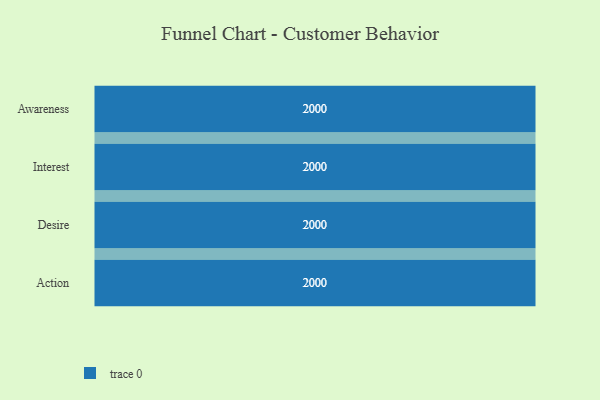
{"axis": {"x": "Stage", "y": "Value"}, "legend": [""], "data": [{"x": "Awareness", "y": 2000, "type": ""}, {"x": "Interest", "y": 2000, "type": ""}, {"x": "Desire", "y": 2000, "type": ""}, {"x": "Action", "y": 2000, "type": ""}]}